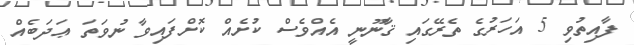
ފާއިތުވި 5 އަހަރުގެ ތެރޭގައި ޤާނޫނީ އެއްވެސް ކުށެއް ކޮށްފައިވާ ނުވަތަ ޢަދަބެއް